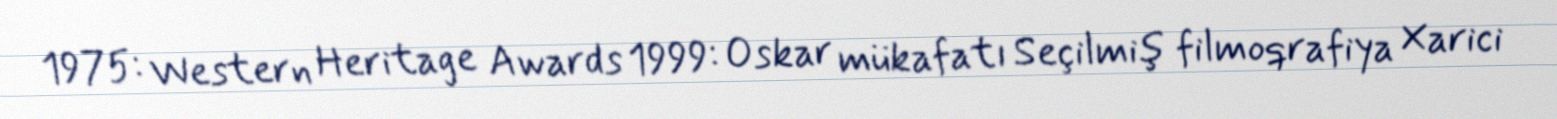
1975: Western Heritage Awards 1999: Oskar mükafatı Seçilmiş filmoqrafiya Xarici